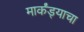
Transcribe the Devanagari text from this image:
मार्कंड्याचा